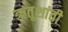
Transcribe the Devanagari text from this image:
ऋतूशांती